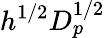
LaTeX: h^{1/2}D_{p}^{1/2}